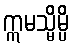
ဣမသ္မိမ္ပိ